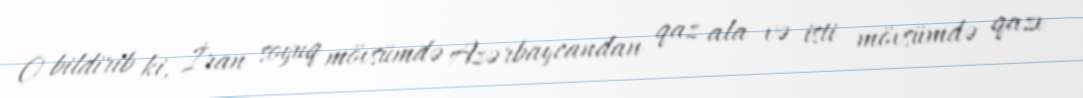
O bildirib ki, İran soyuq mövsümdə Azərbaycandan qaz ala və isti mövsümdə qazı